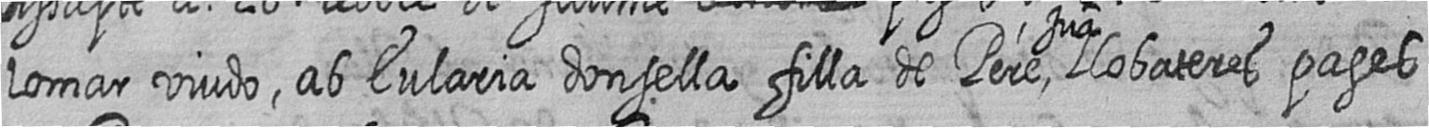
lomar viudo ab Eularia donsella filla de Pere Jua Llobateres pages